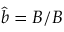
\boldsymbol { \hat { b } } = \boldsymbol { B } / B